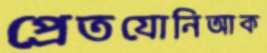
প্রেতযোনিআক